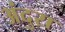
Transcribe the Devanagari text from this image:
अंदुरा